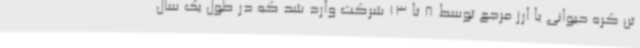
تن کره حیوانی با ارز مرجع توسط 8 تا 13 شرکت وارد شد که در طول یک سال